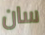
سان